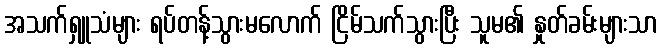
အသက်ရှူသံများ ရပ်တန့်သွားမလောက် ငြိမ်သက်သွားပြီး သူမ၏ နှုတ်ခမ်းများသာ